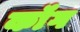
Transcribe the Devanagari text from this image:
कॉंग